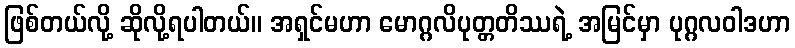
ဖြစ်တယ်လို့ ဆိုလို့ရပါတယ်။ အရှင်မဟာ မောဂ္ဂလိပုတ္တတိဿရဲ့ အမြင်မှာ ပုဂ္ဂလဝါဒဟာ